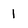
Character: 1